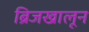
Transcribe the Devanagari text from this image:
ब्रिजखालून